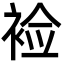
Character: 裣